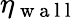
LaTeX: \eta_{\mathrm{~w~a~l~l~}}